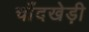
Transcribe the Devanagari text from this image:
चाँदखेड़ी